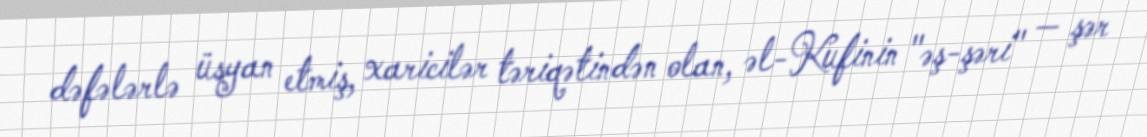
dəfələrlə üsyan etmiş, xaricilər təriqətindən olan, əl-Kufinin "əş-şəri" — şər